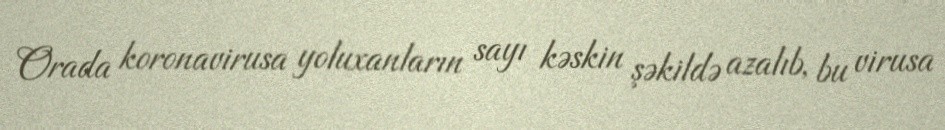
Orada koronavirusa yoluxanların sayı kəskin şəkildə azalıb, bu virusa